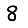
Digit: 8